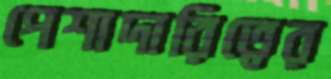
পেশাদারিত্বের